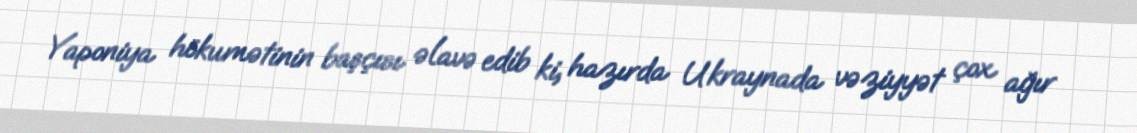
Yaponiya hökumətinin başçısı əlavə edib ki, hazırda Ukraynada vəziyyət çox ağır